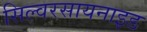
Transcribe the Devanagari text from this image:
सिल्वरसायनाइड